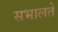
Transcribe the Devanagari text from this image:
सभालते